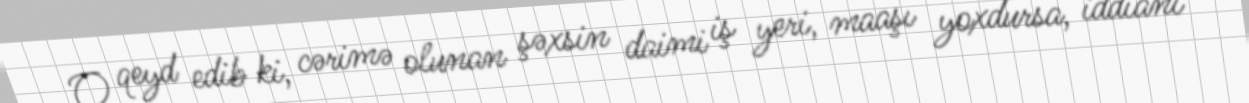
O qeyd edib ki, cərimə olunan şəxsin daimi iş yeri, maaşı yoxdursa, iddianı